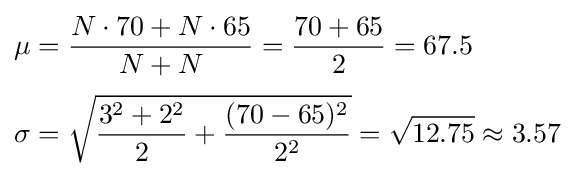
{\begin{aligned}\mu &={\frac {N\cdot 70+N\cdot 65}{N+N}}={\frac {70+65}{2}}=67.5\\[3pt]\sigma &={\sqrt {{\frac {3^{2}+2^{2}}{2}}+{\frac {(70-65)^{2}}{2^{2}}}}}={\sqrt {12.75}}\approx 3.57\end{aligned}}